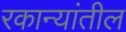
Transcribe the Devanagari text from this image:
रकान्यांतील